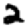
Digit: 2